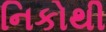
નિકોથી